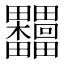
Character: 𣡺